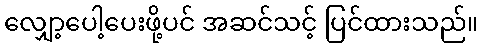
လျှော့ပေါ့ပေးဖို့ပင် အဆင်သင့် ပြင်ထားသည်။